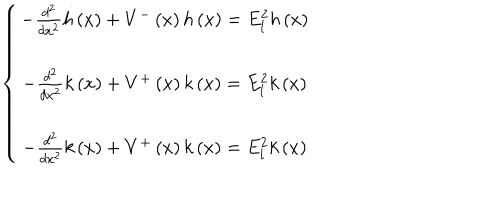
LaTeX: \left\{ \begin{array} { c } { { - \frac { d ^ { 2 } } { d x ^ { 2 } } h \left( x \right) + V ^ { - } \left( x \right) h \left( x \right) = E _ { l } ^ { 2 } h \left( x \right) } } \\ { { - \frac { d ^ { 2 } } { d x ^ { 2 } } k \left( x \right) + V ^ { + } \left( x \right) k \left( x \right) = E _ { l } ^ { 2 } k \left( x \right) } } \\ { { - \frac { d ^ { 2 } } { d x ^ { 2 } } k \left( x \right) + V ^ { + } \left( x \right) k \left( x \right) = E _ { l } ^ { 2 } k \left( x \right) } } \\ \end{array} \right.